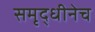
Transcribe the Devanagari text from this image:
समृद्धीनेच